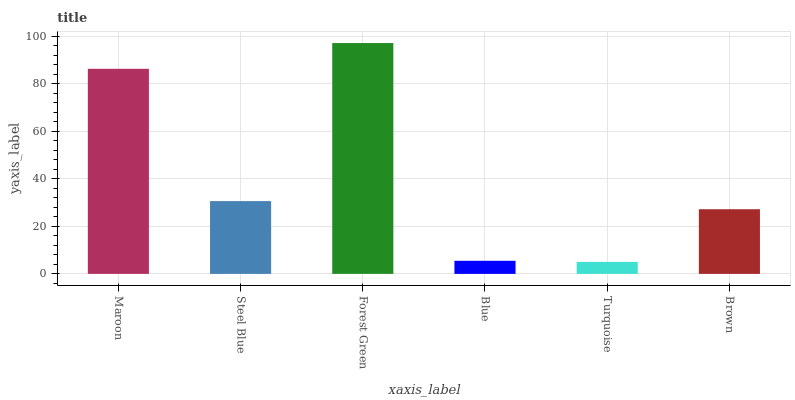
| xaxis_label | bars |
 | --- | --- |
 | Maroon | 86.2 |
 | Steel Blue | 30.6 |
 | Forest Green | 97.1 |
 | Blue | 5.51 |
 | Turquoise | 5.05 |
 | Brown | 27.2 |